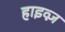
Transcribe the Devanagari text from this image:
हाइव्ज़